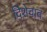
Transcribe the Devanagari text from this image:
दिशेचाच